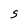
Character: S